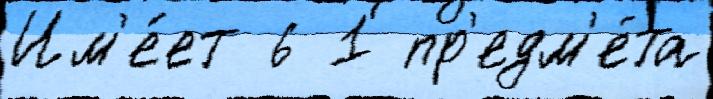
Им'е́ет 6 1 пр'едм'е́та